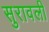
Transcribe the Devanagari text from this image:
सुरावली